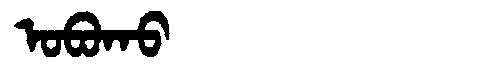
Manchu: ᠣᠪᠣᡴᠣ
Romanization: OBOKO